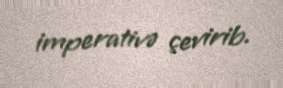
imperativə çevirib.